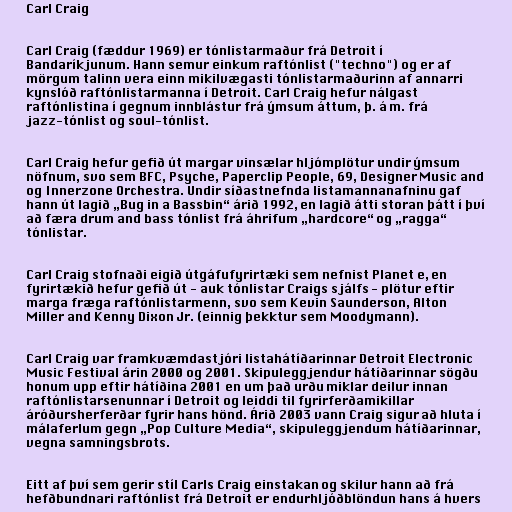
Carl Craig

Carl Craig (fæddur 1969) er tónlistarmaður frá Detroit í
Bandaríkjunum. Hann semur einkum raftónlist ("techno") og er af
mörgum talinn vera einn mikilvægasti tónlistarmaðurinn af annarri
kynslóð raftónlistarmanna í Detroit. Carl Craig hefur nálgast
raftónlistina í gegnum innblástur frá ýmsum áttum, þ. á m. frá
jazz-tónlist og soul-tónlist.

Carl Craig hefur gefið út margar vinsælar hljómplötur undir ýmsum
nöfnum, svo sem BFC, Psyche, Paperclip People, 69, Designer Music and
og Innerzone Orchestra. Undir síðastnefnda listamannanafninu gaf
hann út lagið „Bug in a Bassbin“ árið 1992, en lagið átti storan þátt í því
að færa drum and bass tónlist frá áhrifum „hardcore“ og „ragga“
tónlistar.

Carl Craig stofnaði eigið útgáfufyrirtæki sem nefnist Planet e, en
fyrirtækið hefur gefið út - auk tónlistar Craigs sjálfs - plötur eftir
marga fræga raftónlistarmenn, svo sem Kevin Saunderson, Alton
Miller and Kenny Dixon Jr. (einnig þekktur sem Moodymann).

Carl Craig var framkvæmdastjóri listahátíðarinnar Detroit Electronic
Music Festival árin 2000 og 2001. Skipuleggjendur hátíðarinnar sögðu
honum upp eftir hátíðina 2001 en um það urðu miklar deilur innan
raftónlistarsenunnar í Detroit og leiddi til fyrirferðamikillar
áróðursherferðar fyrir hans hönd. Árið 2003 vann Craig sigur að hluta í
málaferlum gegn „Pop Culture Media“, skipuleggjendum hátíðarinnar,
vegna samningsbrots.

Eitt af því sem gerir stíl Carls Craig einstakan og skilur hann að frá
hefðbundnari raftónlist frá Detroit er endurhljóðblöndun hans á hvers